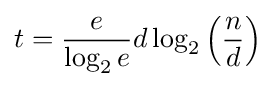
t={\frac {e}{\log _{2}e}}d\log _{2}\left({\frac {n}{d}}\right)